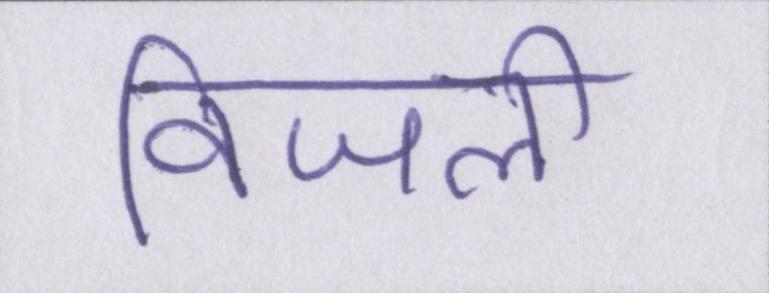
विजली